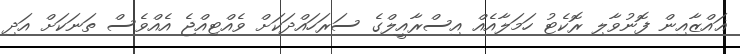
ޣައްޒާއިން ފޮނުވާލި ރޮކެޓު ހަމަލާއެއް އިސްރާއީލްގެ ސަރަހައްދަކަށް ވެއްޓިއްޖެ އެއްވެސް ތަނަކަށް އަދި